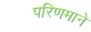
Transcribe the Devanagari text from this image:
परिणमाने